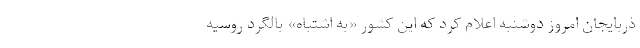
ذربایجان امروز دوشنبه اعلام کرد که این کشور «به اشتباه» بالگرد روسیه